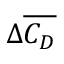
\Delta \overline { { C _ { D } } }